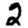
Digit: 2